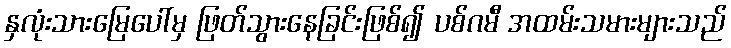
နှလုံးသားမြေပေါ်မှ ဖြတ်သွားနေခြင်းဖြစ်၍ ပစ်ဂမီ အထမ်းသမားများသည်